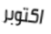
اكتوبر